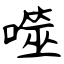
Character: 噬